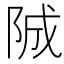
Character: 𨹚